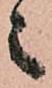
之